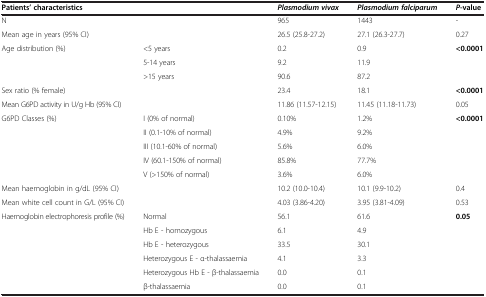
| <COLSPAN=2> Patients’ characteristics | Plasmodium vivax | Plasmodium falciparum | P-value |
 | --- | --- | --- | --- | --- |
 | N |  | 965 | 1443 | - |
 | <COLSPAN=2> Mean age in years (95% CI) | 26.5 (25.8-27.2) | 27.1 (26.3-27.7) | 0.27 |
 | <ROWSPAN=3> Age distribution (%) | <5 years | 0.2 | 0.9 | <ROWSPAN=3> <0.0001 |
 | 5-14 years | 9.2 | 11.9 |
 | >15 years | 90.6 | 87.2 |
 | Sex ratio (% female) |  | 23.4 | 18.1 | <0.0001 |
 | <COLSPAN=2> Mean G6PD activity in U/g Hb (95% CI) | 11.86 (11.57-12.15) | 11.45 (11.18-11.73) | 0.05 |
 | <ROWSPAN=5> G6PD Classes (%) | I (0% of normal) | 0.10% | 1.2% | <ROWSPAN=5> <0.0001 |
 | II (0.1-10% of normal) | 4.9% | 9.2% |
 | III (10.1-60% of normal) | 5.6% | 6.0% |
 | IV (60.1-150% of normal) | 85.8% | 77.7% |
 | V (>150% of normal) | 3.6% | 6.0% |
 | <COLSPAN=2> Mean haemoglobin in g/dL (95% CI) | 10.2 (10.0-10.4) | 10.1 (9.9-10.2) | 0.4 |
 | <COLSPAN=2> Mean white cell count in G/L (95% CI) | 4.03 (3.86-4.20) | 3.95 (3.81-4.09) | 0.53 |
 | <ROWSPAN=6> Haemoglobin electrophoresis profile (%) | Normal | 56.1 | 61.6 | <ROWSPAN=6> 0.05 |
 | Hb E - homozygous | 6.1 | 4.9 |
 | Hb E - heterozygous | 33.5 | 30.1 |
 | Heterozygous E - α-thalassaemia | 4.1 | 3.3 |
 | Heterozygous Hb E - β-thalassaemia | 0.0 | 0.1 |
 | β-thalassaemia | 0.0 | 0.1 |